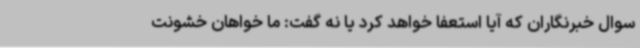
سوال خبرنگاران که آیا استعفا خواهد کرد یا نه گفت: ما خواهان خشونت